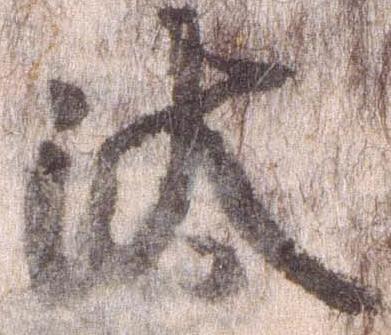
汰